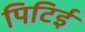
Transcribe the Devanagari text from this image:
पिटिई